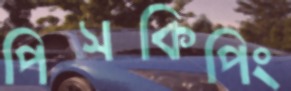
পিসকিপিং